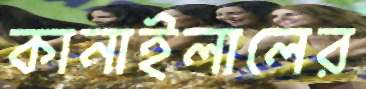
কানাইলালের